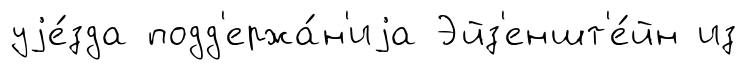
уjе́зда подд'ержа́н'иjа Эйз'еншт'е́йн из